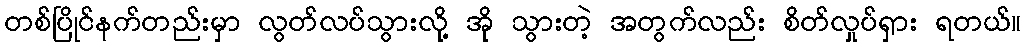
တစ်ပြိုင်နက်တည်းမှာ လွတ်လပ်သွားလို့ အို သွားတဲ့ အတွက်လည်း စိတ်လှုပ်ရှား ရတယ်။